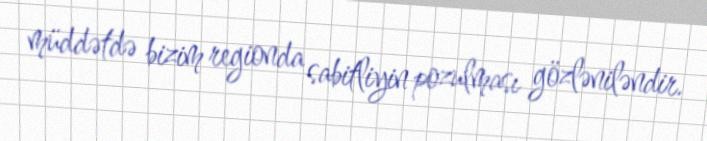
müddətdə bizim regionda sabitliyin pozulması gözləniləndir.